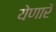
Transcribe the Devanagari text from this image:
येणारें